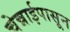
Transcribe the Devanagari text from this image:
चेन्नाईपासून